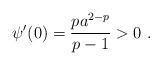
LaTeX: \begin{align*}\psi'(0) = \frac{p a^{2-p}}{p-1}>0\ . \end{align*}